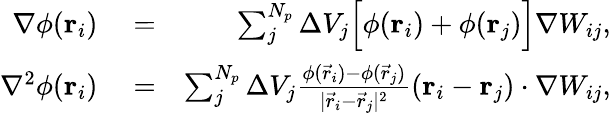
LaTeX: \begin{array}{rlr}{\nabla\phi(\boldsymbol{\mathbf{r}}_{i})}&{{}=}&{\sum_{j}^{N_{p}}\Delta{V}_{j}\Bigl[\phi(\boldsymbol{\mathbf{r}}_{i})+\phi(\boldsymbol{\mathbf{r}}_{j})\Bigr]\nabla W_{ij},}\\ {\nabla^{2}\phi(\boldsymbol{\mathbf{r}}_{i})}&{{}=}&{\sum_{j}^{N_{p}}\Delta{V}_{j}\frac{\phi(\vec{r}_{i})-\phi(\vec{r}_{j})}{|\vec{r}_{i}-\vec{r}_{j}|^{2}}(\boldsymbol{\mathbf{r}}_{i}-\boldsymbol{\mathbf{r}}_{j})\cdot\nabla W_{ij},}\end{array}